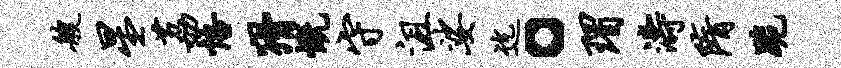
艘星荔悟猾慨守沮娑迄。瑁涛隋跪